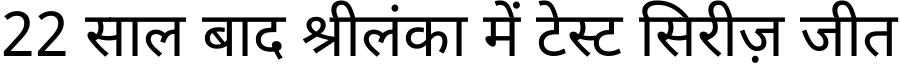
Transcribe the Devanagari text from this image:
22 साल बाद श्रीलंका में टेस्ट सिरीज़ जीत